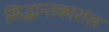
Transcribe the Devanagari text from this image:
सिद्धान्तकारांस